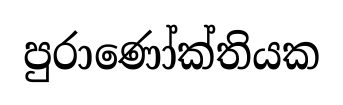
පුරාණෝක්තියක